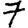
Digit: 7